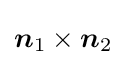
{\boldsymbol {n}}_{1}\times {\boldsymbol {n}}_{2}